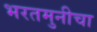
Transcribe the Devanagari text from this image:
भरतमुनीचा